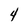
Character: 4